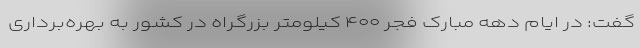
گفت: در ایام دهه مبارک فجر ۴۰۰ کیلومتر بزرگراه در کشور به بهره‌برداری